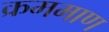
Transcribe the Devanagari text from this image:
क्रममाण